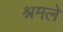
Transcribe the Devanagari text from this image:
श्रमले